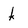
Character: k